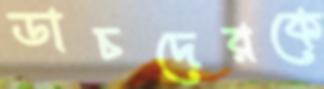
ডাচদেরকে